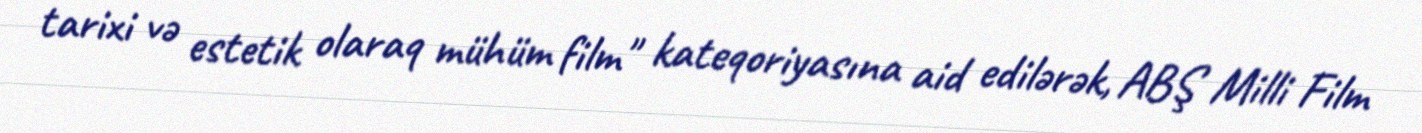
tarixi və estetik olaraq mühüm film" kateqoriyasına aid edilərək, ABŞ Milli Film